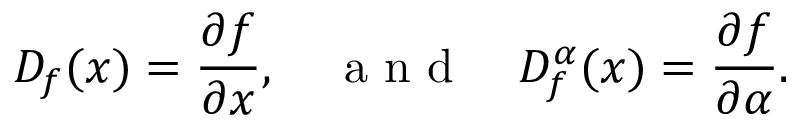
D _ { f } ( x ) = \frac { \partial f } { \partial x } , \quad \mathrm { ~ a ~ n ~ d ~ } \quad D _ { f } ^ { \alpha } ( x ) = \frac { \partial f } { \partial \alpha } .